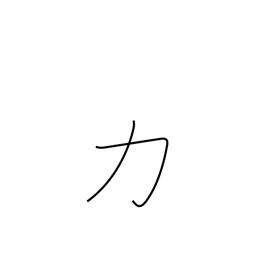
Meaning: bear up